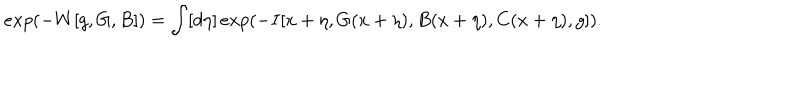
e x p ( - W [ g , G , B ] ) = \int [ d \eta ] \, e x p ( - I [ x + \eta , G ( x + \eta ) , B ( x + \eta ) , C ( x + \eta ) , g ] ) .